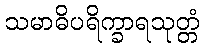
သမာဓိပရိက္ခာရသုတ္တံ